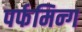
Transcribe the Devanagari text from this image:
पर्फमिन्ग